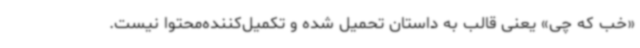
«خب که چی» یعنی قالب به داستان تحمیل شده و تکمیل‌کننده‌محتوا نیست.